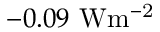
- 0 . 0 9 \ \mathrm { W m ^ { - 2 } }